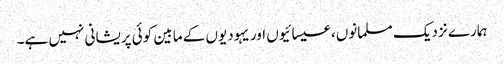
ہمارے نزدیک مسلمانوں، عیسائیوں اور یہودیوں کے مابین کوئی پریشانی نہیں ہے۔